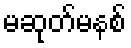
မဆုတ်မနစ်